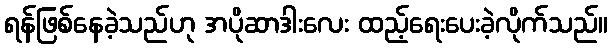
ရန်ဖြစ်နေခဲ့သည်ဟု အပိုဆာဒါးလေး ထည့်ရေးပေးခဲ့လိုက်သည်။